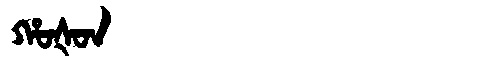
Manchu: ᡥᠣᡧᠣᠨ
Romanization: HOŠON